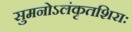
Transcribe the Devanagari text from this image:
सुमनोऽलंकृतशिराः